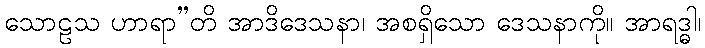
သောဠသ ဟာရာ”တိ အာဒိဒေသနာ၊ အစရှိသော ဒေသနာကို။ အာရဒ္ဓါ၊